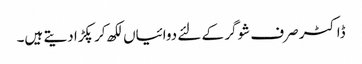
ڈاکٹر صرف شوگر کے لئے دوائیاں لکھ کر پکڑا دیتے ہیں۔